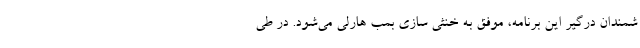
شمندان درگیر این برنامه، موفق به خنثی سازی بمب هارلی می‌شود. در طی